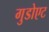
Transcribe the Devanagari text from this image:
गुडोएट